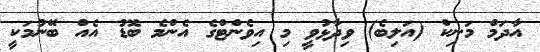
އާދަމް މަނިކް (އަލިބެ) ވިދާޅުވީ މި އިވެންޓްގެ އެންމެ ބޮޑު އެއް ބޭނުމަކީ